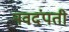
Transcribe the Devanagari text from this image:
नवदंपती